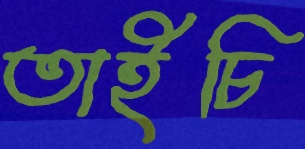
তাইচি